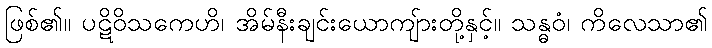
ဖြစ်၏။ ပဋိဝိသကေဟိ၊ အိမ်နီးချင်းယောကျ်ားတို့နှင့်။ သန္ဓဝံ၊ ကိလေသာ၏